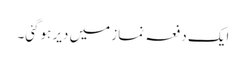
ایک دفعہ نماز میں دیر ہوگئی۔